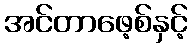
အင်တာဖေ့စ်နှင့်